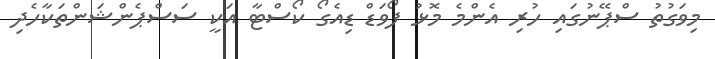
މިވަގުތު ސްޕޭނުގައި ހުރި އެންމެ މޮޅު ފޯވަޑް ޑިއެގޯ ކޯސްޓާ އަކީ ސަސްޕެންޝަންތަކާހެދި